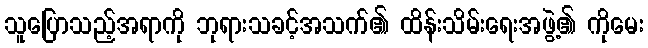
သူပြောသည့်အရာကို ဘုရားသခင့်အသက်၏ ထိန်းသိမ်းရေးအဖွဲ့၏ ကိုမေး